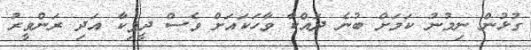
ގުޅުން ނިމުނު ކަމަށް ބުނެ ދައްކާ ވާހަކައަށް ވެސް ދީޕިކާ އަދި ރަންވީރު